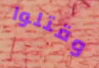
وقتلوا